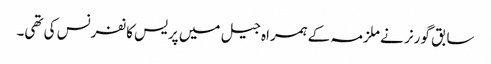
سابق گورنر نے ملزمہ کے ہمراہ جیل میں پریس کانفرنس کی تھی۔